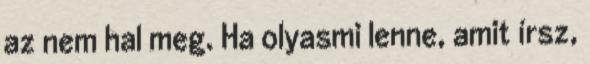
az nem hal meg. Ha olyasmi lenne, amit írsz,